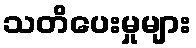
သတိပေးမှုများ